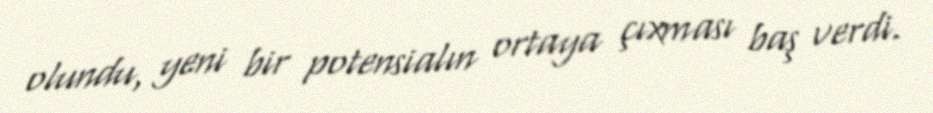
olundu, yeni bir potensialın ortaya çıxması baş verdi.